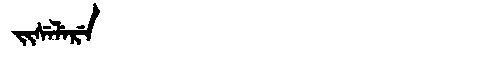
Manchu: ᠵᡳᠰᡝᠯᡝᡵᡝ
Romanization: JISELERE